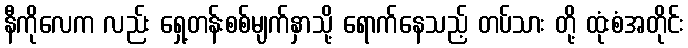
နီကိုလေက လည်း ရှေ့တန်းစစ်မျက်နှာသို့ ရောက်နေသည့် တပ်သား တို့ ထုံးစံအတိုင်း